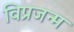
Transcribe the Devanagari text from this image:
विप्रजन्म